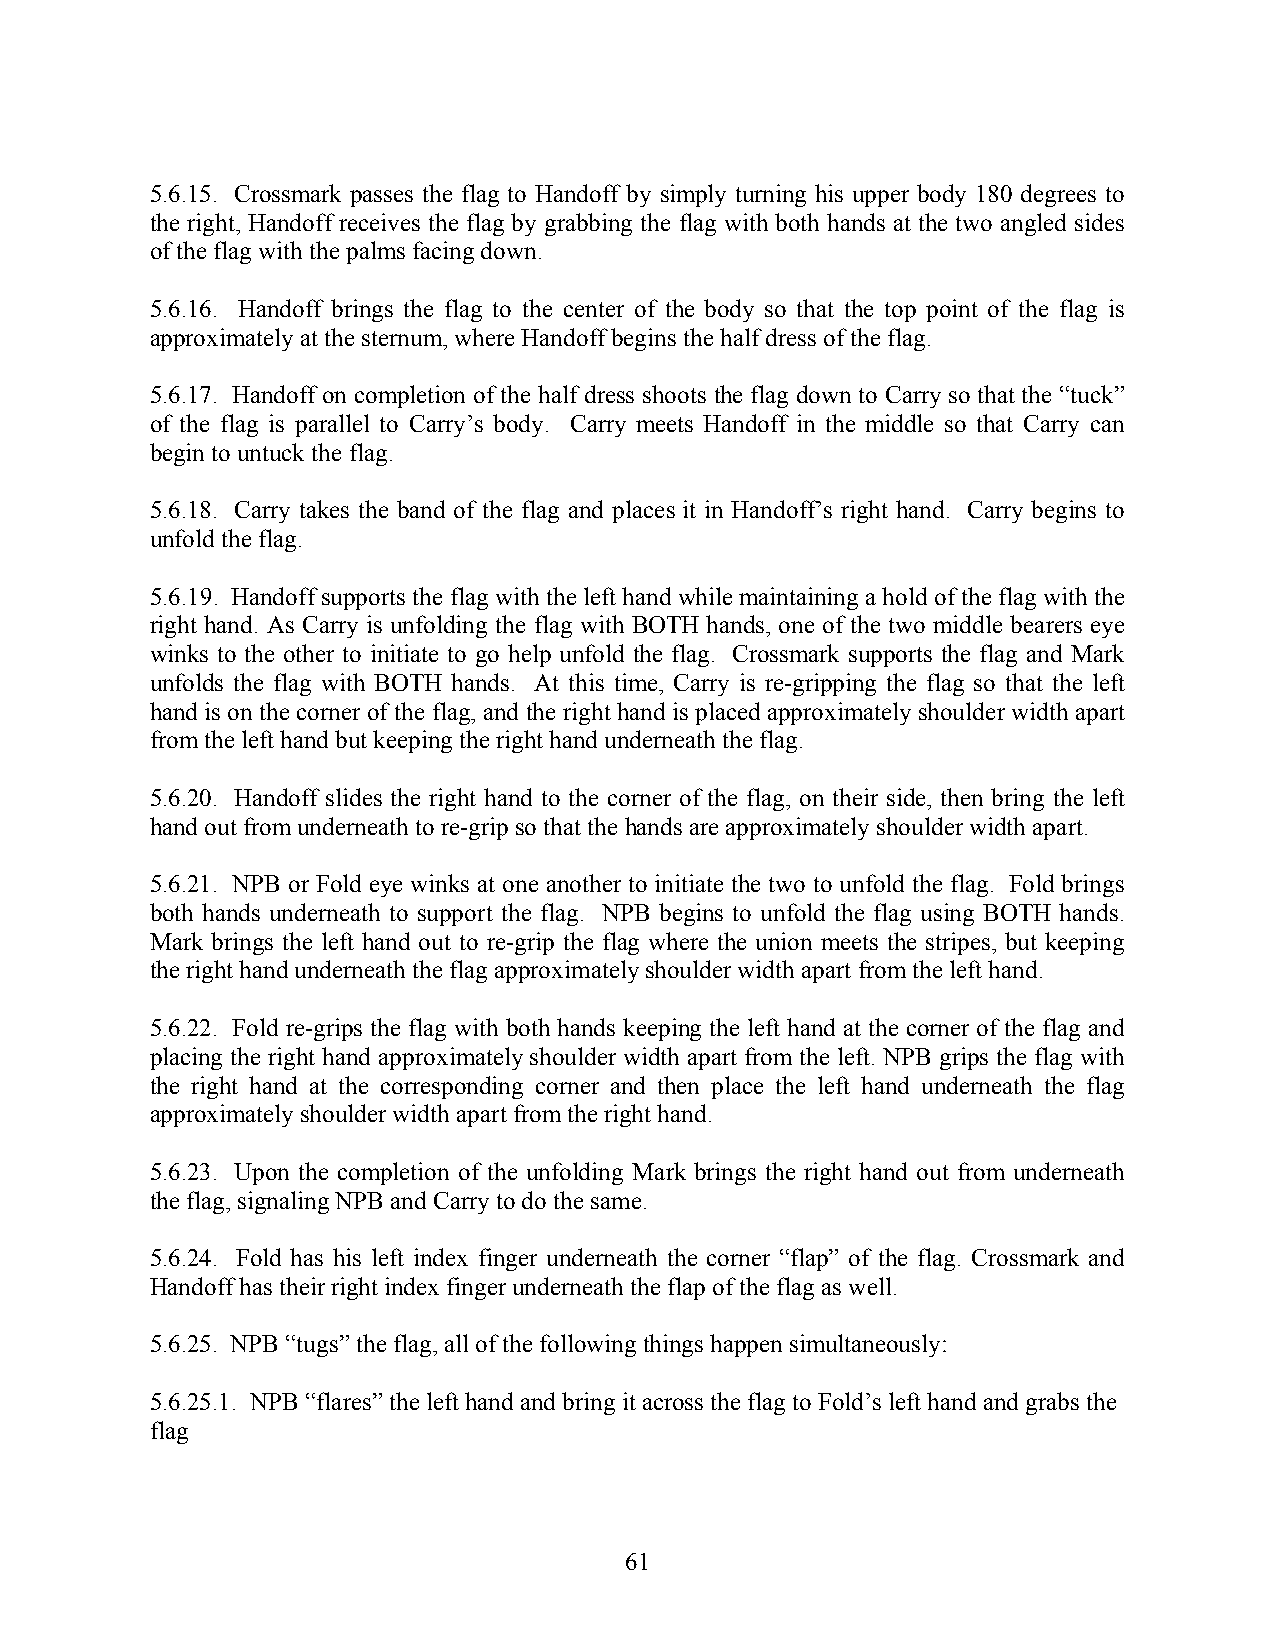
5.6.15. Crossmark passes the flag to Handoff by simply turning his upper body 180 degrees to
 the right, Handoff receives the flag by grabbing the flag with both hands at the two angled sides
 of the flag with the palms facing down.
 5.6.16. Handoff brings the flag to the center of the body so that the top point of the flag is
 approximately at the sternum, where Handoff begins the half dress of the flag.
 5.6.17. Handoff on completion of the half dress shoots the flag down to Carry so that the “tuck”
 of the flag is parallel to Carry’s body. Carry meets Handoff in the middle so that Carry can
 begin to untuck the flag.
 5.6.18. Carry takes the band of the flag and places it in Handoff’s right hand. Carry begins to
 unfold the flag.
 5.6.19. Handoff supports the flag with the left hand while maintaining a hold of the flag with the
 right hand. As Carry is unfolding the flag with BOTH hands, one of the two middle bearers eye
 winks to the other to initiate to go help unfold the flag. Crossmark supports the flag and Mark
 unfolds the flag with BOTH hands. At this time, Carry is re-gripping the flag so that the left
 hand is on the corner of the flag, and the right hand is placed approximately shoulder width apart
 from the left hand but keeping the right hand underneath the flag.
 5.6.20. Handoff slides the right hand to the corner of the flag, on their side, then bring the left
 hand out from underneath to re-grip so that the hands are approximately shoulder width apart.
 5.6.21. NPB or Fold eye winks at one another to initiate the two to unfold the flag. Fold brings
 both hands underneath to support the flag. NPB begins to unfold the flag using BOTH hands.
 Mark brings the left hand out to re-grip the flag where the union meets the stripes, but keeping
 the right hand underneath the flag approximately shoulder width apart from the left hand.
 5.6.22. Fold re-grips the flag with both hands keeping the left hand at the corner of the flag and
 placing the right hand approximately shoulder width apart from the left. NPB grips the flag with
 the right hand at the corresponding corner and then place the left hand underneath the flag
 approximately shoulder width apart from the right hand.
 5.6.23. Upon the completion of the unfolding Mark brings the right hand out from underneath
 the flag, signaling NPB and Carry to do the same.
 5.6.24. Fold has his left index finger underneath the corner “flap” of the flag. Crossmark and
 Handoff has their right index finger underneath the flap of the flag as well.
 5.6.25. NPB “tugs” the flag, all of the following things happen simultaneously:
 5.6.25.1. NPB “flares” the left hand and bring it across the flag to Fold’s left hand and grabs the
 flag
 61